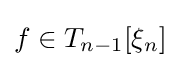
f\in T_{n-1}[\xi _{n}]